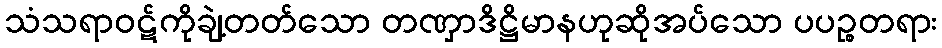
သံသရာဝဋ်ကိုချဲ့တတ်သော တဏှာဒိဋ္ဌိမာနဟုဆိုအပ်သော ပပဉ္စတရား